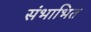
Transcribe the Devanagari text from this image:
संभाभित